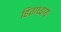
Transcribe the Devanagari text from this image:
हिताध्याय